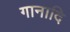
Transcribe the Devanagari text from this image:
गानादि